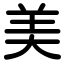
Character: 美